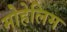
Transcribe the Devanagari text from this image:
मोहेलिम